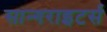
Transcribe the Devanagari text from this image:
सान्गराइटर्स